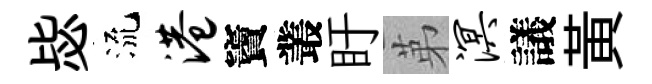
毖流港竇叢盱苐溟議黃